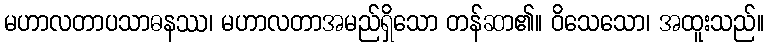
မဟာလတာပသာဓနဿ၊ မဟာလတာအမည်ရှိသော တန်ဆာ၏။ ဝိသေသော၊ အထူးသည်။